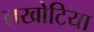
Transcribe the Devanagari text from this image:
लखोटिया